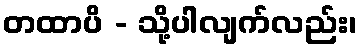
တထာပိ - သို့ပါလျက်လည်း၊